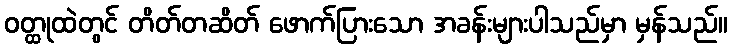
ဝတ္ထုထဲတွင် တိတ်တဆိတ် ဖောက်ပြားသော အခန်းများပါသည်မှာ မှန်သည်။